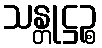
သန္တုဋ္ဌဉ္စ